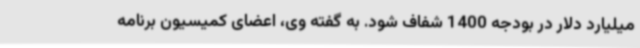
میلیارد دلار در بودجه 1400 شفاف شود. به گفته وی، اعضای کمیسیون برنامه